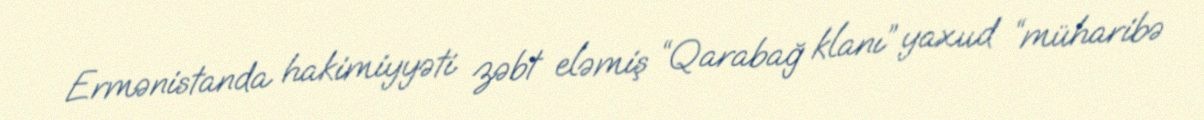
Ermənistanda hakimiyyəti zəbt eləmiş “Qarabağ klanı” yaxud “müharibə